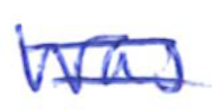
Text: was
Cross-out: mix
Writing tool: ballpoint